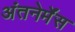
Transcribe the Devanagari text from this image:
अंतनेर्मेंस